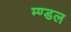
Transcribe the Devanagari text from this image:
म्ण्डल